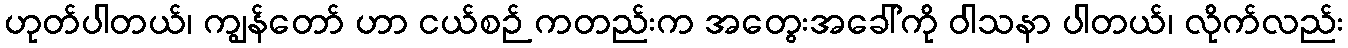
ဟုတ်ပါတယ်၊ ကျွန်တော် ဟာ ငယ်စဉ် ကတည်းက အတွေးအခေါ်ကို ဝါသနာ ပါတယ်၊ လိုက်လည်း